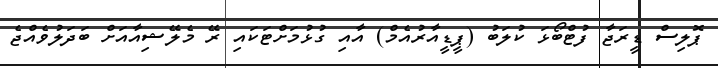
ޕޮލިސް ޑީރަޖާ ފުޓްބޯޅަ ކުލަބު (ޕީޑީއާރުއެމް) އާއި ގުޅުމަށްޓަކައި ރޭ މެލޭޝިއާއަށް ބަދަލުވެއްޖެ